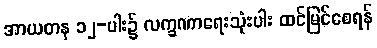
အာယတန ၁၂-ပါး၌ လက္ခဏာရေးသုံးပါး ထင်မြင်စေရန်